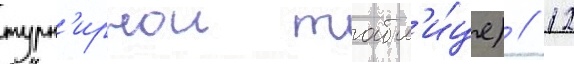
турн'ирнои табл'и́це) // 12